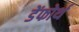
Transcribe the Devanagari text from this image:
डेंफोर्थ